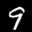
Digit: 9